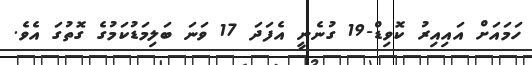
ހަމައަށް އައިއިރު ކޮވިޑް-19 ގުނެނީ އެފަދަ 17 ވަނަ ބަލިމަޑުކަމުގެ ގޮތުގަ އެވެ.